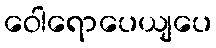
ဝေါရောပေယျပေ